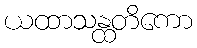
ယထာသန္ထတိကော